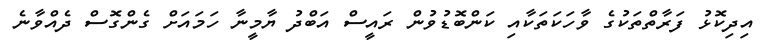
އިދިކޮޅު ފަރާތްތަކުގެ ވާހަކަތަކާއި ކަންބޮޑުވުން ރައީސް އަބްދު ޔާމީނާ ހަމައަށް ގެންގޮސް ދެއްވާނެ